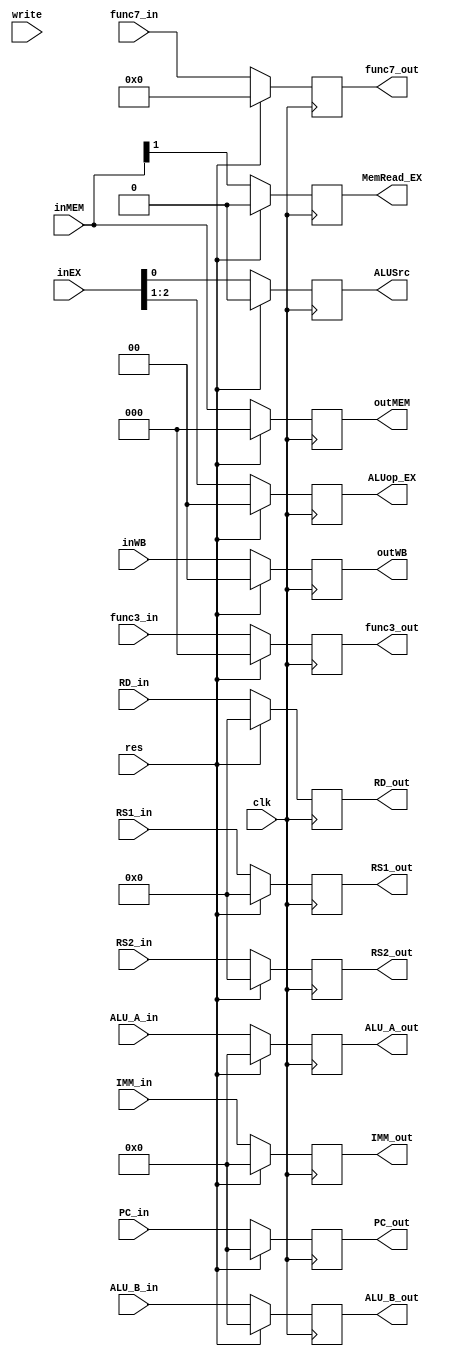
`timescale 1ns / 1ps
//////////////////////////////////////////////////////////////////////////////////
// Company: 
// Engineer: 
// 
// Design Name: 
// Module Name: ID_EX
// Project Name: 
// Target Devices: 
// Tool Versions: 
// Description: 
// 
// Dependencies: 
// 
// Revision:
// Revision 0.01 - File Created
// Additional Comments:
// 
//////////////////////////////////////////////////////////////////////////////////


module ID_EX(input [1:0] inWB,
             
             input [2:0] inMEM,
             
             input [2:0] inEX,
             
             input [31:0] PC_in,
            
             input [2:0] func3_in,
             input [6:0] func7_in,
             
             input [31:0] ALU_A_in,
             input [31:0] ALU_B_in,
             
             input [4:0] RS1_in,
             input [4:0] RS2_in,
             input [4:0] RD_in,
             
             input write,
             input clk,
             input res,
             
             input [31:0] IMM_in,
             
             output reg [1:0] outWB,
             
             output reg [2:0] outMEM,
             output reg MemRead_EX,
             
             output reg [1:0] ALUop_EX,
             output reg ALUSrc,
             
             output reg [31:0] PC_out,
             
             output reg [2:0] func3_out,
             output reg [6:0] func7_out,
             
             output reg [31:0] ALU_A_out,
             output reg [31:0] ALU_B_out,
             
             output reg [4:0] RS1_out,
             output reg [4:0] RS2_out,
             output reg [4:0] RD_out,
             
             output reg [31:0] IMM_out
             );

always@(posedge clk) begin
    if(res) begin
        outWB <= 2'b0;
        outMEM <= 3'b0;
        MemRead_EX <= 1'b0;
        ALUop_EX <= 2'b0;
        ALUSrc <= 1'b0;
        PC_out <= 32'b0;
        func3_out <= 3'b0;
        func7_out <= 7'b0;
        ALU_A_out <= 32'b0;
        ALU_B_out <= 32'b0;
        RS1_out <= 5'b0;
        RS2_out <= 5'b0;
        RD_out <= 5'b0;
        IMM_out <= 32'b0;
    end
    
    else begin
        outWB <= inWB;
        outMEM <= inMEM;
        MemRead_EX <= inMEM[1];
        ALUop_EX <= inEX[2:1];
        ALUSrc <= inEX[0];
        PC_out <= PC_in;
        func3_out <= func3_in;
        func7_out <= func7_in;
        ALU_A_out <= ALU_A_in;
        ALU_B_out <= ALU_B_in;
        RS1_out <= RS1_in;
        RS2_out <= RS2_in;
        RD_out <= RD_in;
        IMM_out <= IMM_in;
        
         //$display("func3_in = %b\nfunc7_in = %b\nfunc3_out = %b\nfunc7_out = %b\n", func3_in, func7_in, func3_out, func7_out);
    end
end
    
endmodule